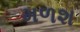
મળશ